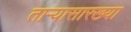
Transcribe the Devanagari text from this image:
ताऱ्यासारख्या